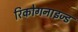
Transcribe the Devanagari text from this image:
रिकोगनाइज्ड